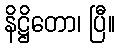
နိဋ္ဌိတော၊ ပြီ။